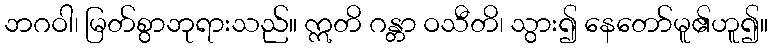
ဘဂဝါ၊ မြတ်စွာဘုရားသည်။ ဣတိ ဂန္တာ ဝသီတိ၊ သွား၍ နေတော်မူ၏ဟူ၍။